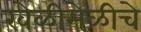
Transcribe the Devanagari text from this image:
खेळीमेळीचे